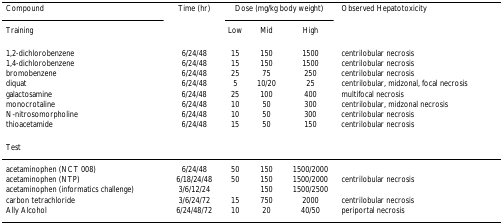
| Compound | Time (hr) | <COLSPAN=3> Dose (mg/kg body weight) | Observed Hepatotoxicity |
 | Training |  | Low | Mid | High |  |
 | --- | --- | --- | --- | --- | --- |
 | 1,2-dichlorobenzene | 6/24/48 | 15 | 150 | 1500 | centrilobular necrosis |
 | 1,4-dichlorobenzene | 6/24/48 | 15 | 150 | 1500 | centrilobular necrosis |
 | bromobenzene | 6/24/48 | 25 | 75 | 250 | centrilobular necrosis |
 | diquat | 6/24/48 | 5 | 10/20 | 25 | centrilobular, midzonal, focal necrosis |
 | galactosamine | 6/24/48 | 25 | 100 | 400 | multifocal necrosis |
 | monocrotaline | 6/24/48 | 10 | 50 | 300 | centrilobular, midzonal necrosis |
 | N-nitrosomorpholine | 6/24/48 | 10 | 50 | 300 | centrilobular necrosis |
 | thioacetamide | 6/24/48 | 15 | 50 | 150 | centrilobular necrosis |
 | Test |  |  |  |  |  |
 | acetaminophen (NCT 008) | 6/24/48 | 50 | 150 | 1500/2000 |  |
 | acetaminophen (NTP) | 6/18/24/48 | 50 | 150 | 1500/2000 | centrilobular necrosis |
 | acetaminophen (informatics challenge) | 3/6/12/24 |  | 150 | 1500/2500 |  |
 | carbon tetrachloride | 3/6/24/72 | 15 | 750 | 2000 | centrilobular necrosis |
 | Ally Alcohol | 6/24/48/72 | 10 | 20 | 40/50 | periportal necrosis |